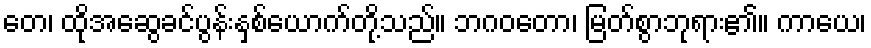
တေ၊ ထိုအဆွေခင်ပွန်းနှစ်ယောက်တို့သည်။ ဘဂဝတော၊ မြတ်စွာဘုရား၏။ ကာယေ၊